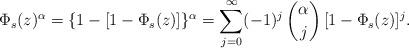
LaTeX: \begin{align*}\Phi_s(z)^\alpha=\{1-[1-\Phi_s(z)]\}^\alpha=\sum_{j=0}^\infty(-1)^j\,\binom{\alpha}{j}\,[1-\Phi_s(z)]^j.\end{align*}